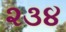
૨૩૪